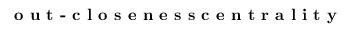
\textbf { o u t - c l o s e n e s s c e n t r a l i t y }